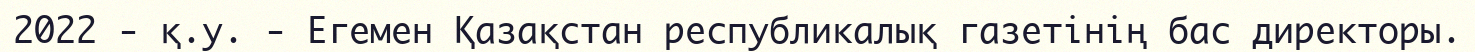
2022 - қ.у. - Егемен Қазақстан республикалық газетінің бас директоры.